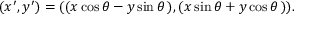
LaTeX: ( x ^ { \prime } , y ^ { \prime } ) = ( ( x \cos \theta - y \sin \theta \, ) , ( x \sin \theta + y \cos \theta \, ) ) .